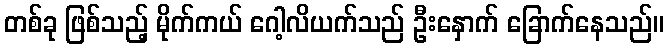
တစ်ခု ဖြစ်သည့် မိုက်ကယ် ဂေါ့လိယက်သည် ဦးနှောက် ခြောက်နေသည်။